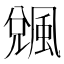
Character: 䬇